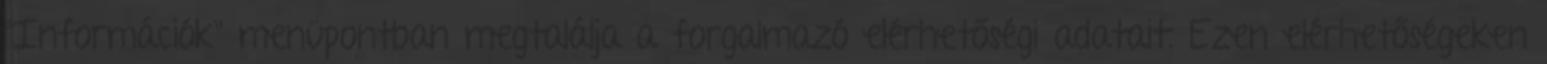
"Információk" menüpontban megtalálja a forgalmazó elérhetőségi adatait. Ezen elérhetőségeken